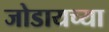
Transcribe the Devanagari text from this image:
जोडायच्या